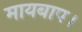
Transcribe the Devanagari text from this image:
मायबाप।